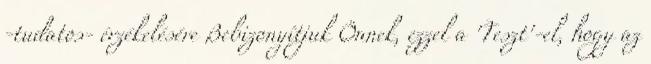
-tudatos- érzékelésére Bebizonyítjuk Önnek, ezzel a 'Teszt'-el, hogy az